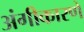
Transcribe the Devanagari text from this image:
अंगीकारणे